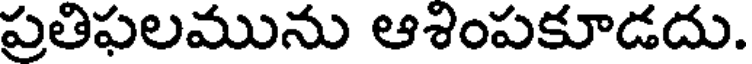
ప్రతిఫలమును ఆశింపకూడదు.